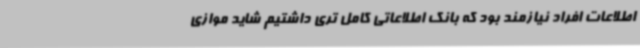
اطلاعات افراد نیازمند بود که بانک اطلاعاتی کامل تری داشتیم شاید موازی